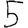
Digit: 5